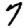
Digit: 7